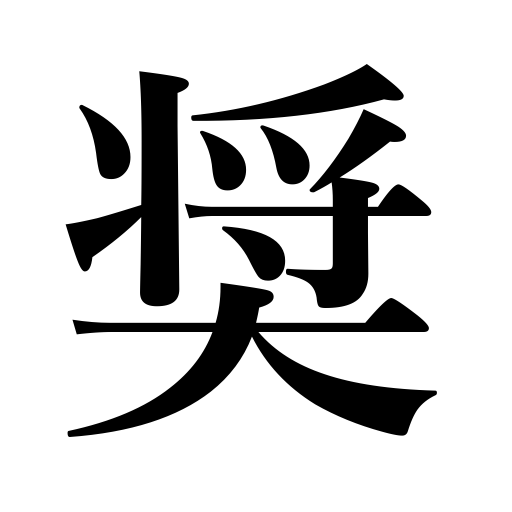
Meanings: encourage,urge